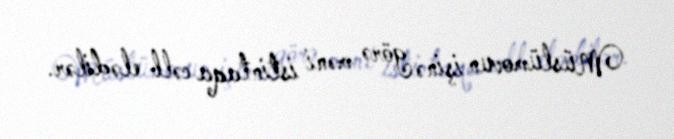
Müslümovun işinə görə məni istintaqa cəlb elədilər.